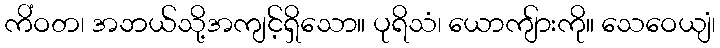
ကိံဝတ၊ အဘယ်သို့အကျင့်ရှိသော။ ပုရိသံ၊ ယောကျ်ားကို။ သေဝေယျံ၊